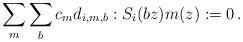
LaTeX: \begin{align*}\sum_m \sum_b c_m d_{i,m,b}:S_i(bz) m(z):=0\,.\end{align*}